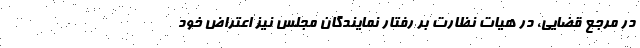
در مرجع قضایی، در هیات نظارت بر رفتار نمایندگان مجلس نیز اعتراض خود